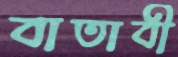
বাতাবী